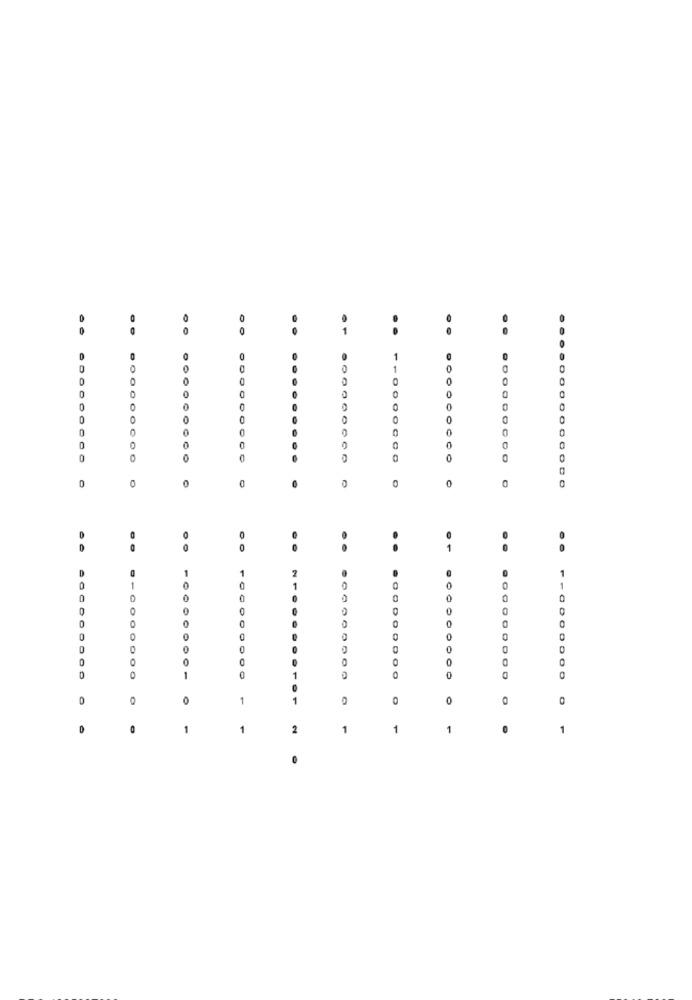
O
1
0
0
0
0
0
0
0
0
0
0
0
0
0
0
0
0
0
0
0
0
0
0
0
0
0
0
000000000
0
0
0
0
0
0
0
DO
0
..
1
1
1
2
1
0
1
0
0
0
0
0
0
0
0
0
0
0
0
0
0
0
0-6000000
1
0
1
0
0
0
0
0
0
1
1
0
1
-
2
1
1
1
1